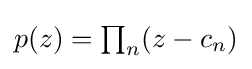
{\textstyle p(z)=\prod _{n}(z-c_{n})}